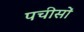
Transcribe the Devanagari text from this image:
पचीसों